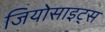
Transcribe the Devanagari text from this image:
जियोसाइट्स